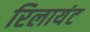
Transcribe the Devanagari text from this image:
रिलायंट